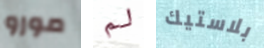
مورو لم بلاستيك